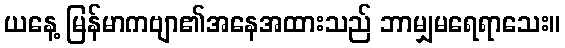
ယနေ့ မြန်မာကဗျာ၏အနေအထားသည် ဘာမျှမရေရာသေး။